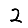
Digit: 2